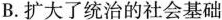
B.扩大了统治的社会基础